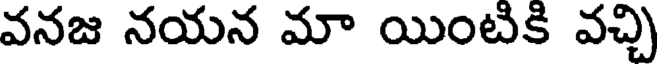
వనజ నయన మా యింటికి వచ్చి